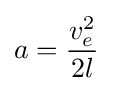
a={\frac {v_{e}^{2}}{2l}}